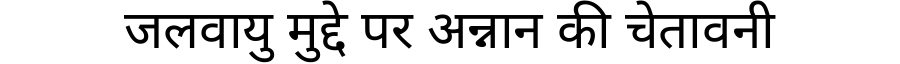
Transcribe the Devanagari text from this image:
जलवायु मुद्दे पर अन्नान की चेतावनी